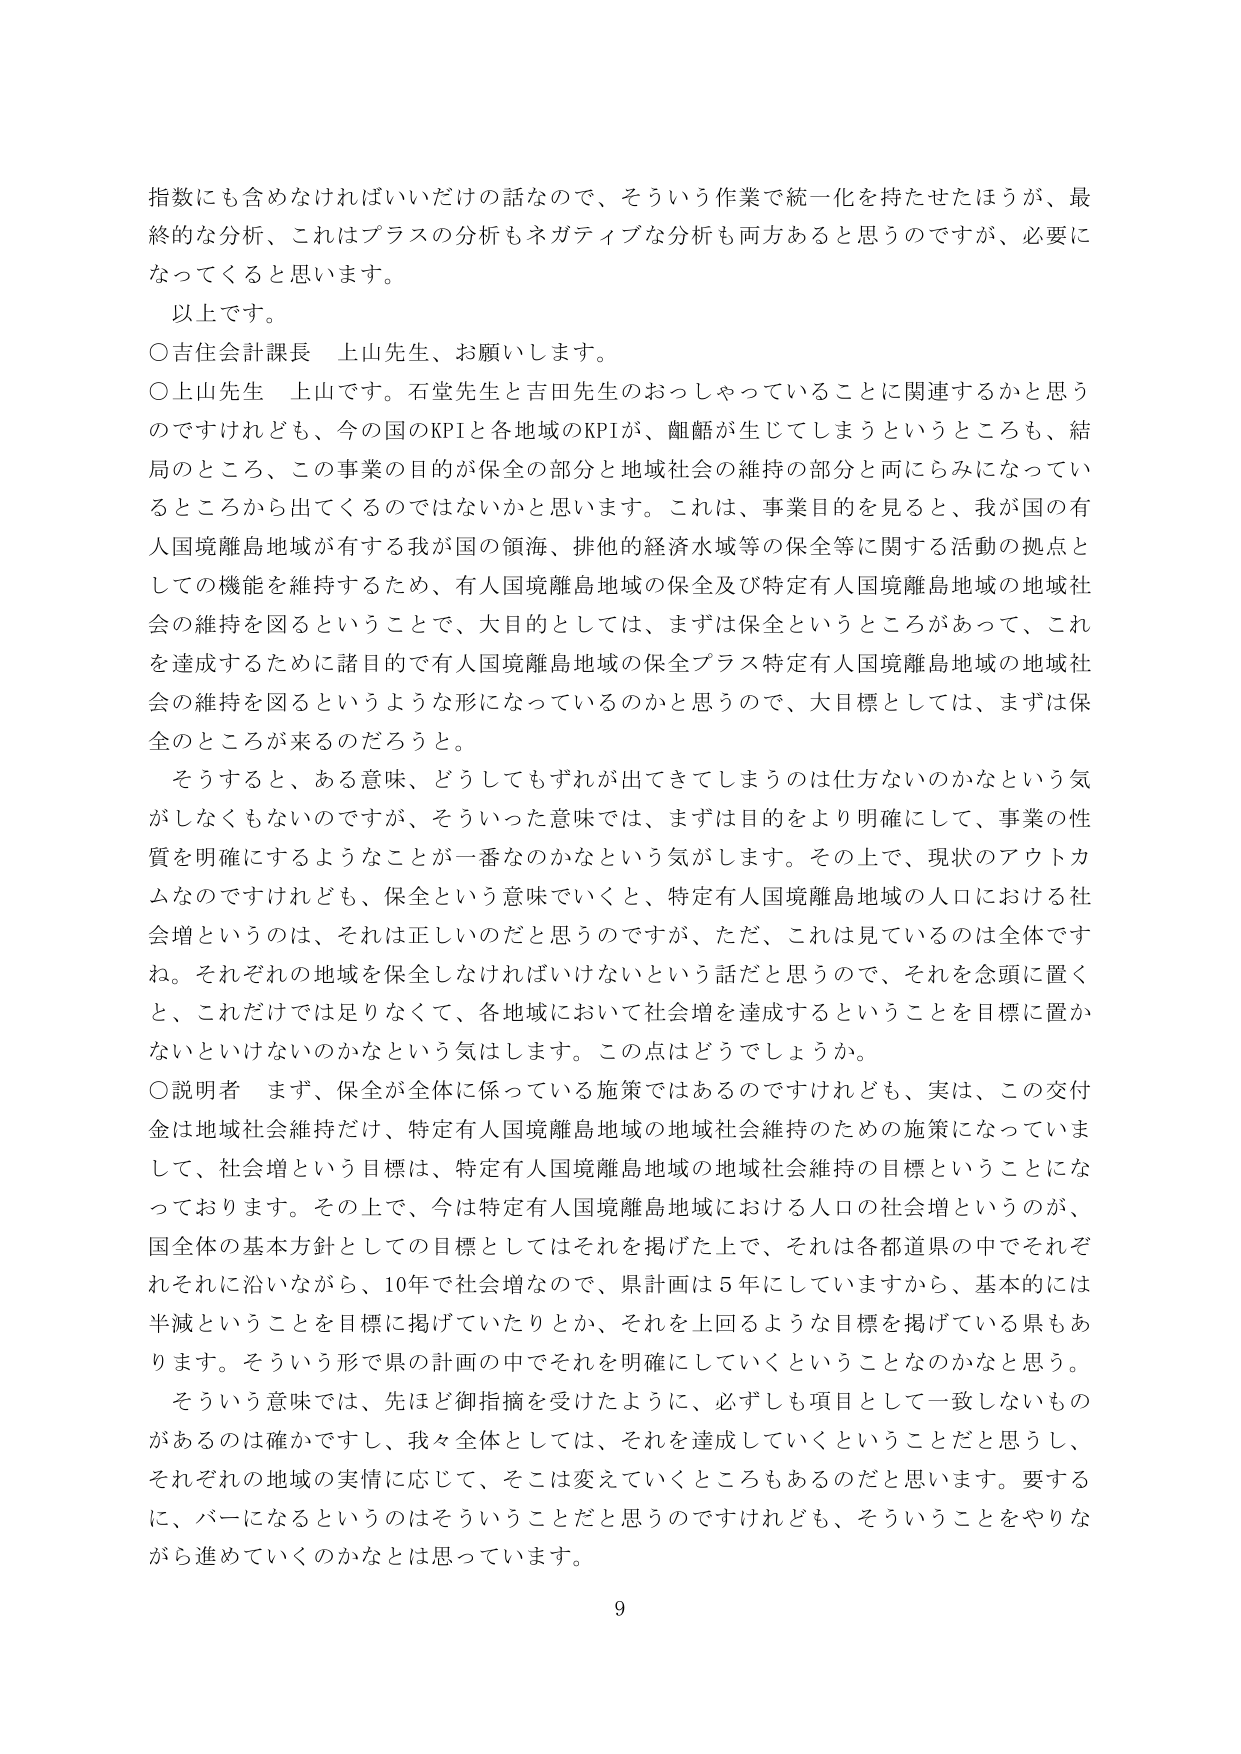
指数にも含めなければいけないだけの話なので、そういう作業で統一化を持たせたほうが、最終的な分析、これはプラスの分析もネガティブな分析も両方あると思うのですが、必要になってくると思います。

以上です。

○吉住会計課長　上山先生、お願いします。

○上山先生　上山です。石堂先生と吉田先生のおっしゃっていることに関連するかと思うのですけれども、今の国のKPIと各地域のKPIが、齟齬が生じてしまうというところも、結局のところ、この事業の目的が保全の部分と地域社会の維持の部分と両にらみになっているところから出てくるのではないかと思います。これは、事業目的を見ると、我が国の有人国境離島地域が有する我が国の領海、排他的経済水域等の保全等に関する活動の拠点としての機能を維持するため、有人国境離島地域の保全及び特定有人国境離島地域の地域社会の維持を図るということで、大目的としては、まずは保全というところがあって、これを達成するために諸目的で有人国境離島地域の保全プラス特定有人国境離島地域の地域社会の維持を図るというような形になっているのかと思うので、大目標としては、まずは保全のところが来るのだろうと。

そうすると、ある意味、どうしてもずれが出てきてしまうのは仕方ないのかなという気がしなくもないのですが、そういった意味では、まずは目的をより明確にして、事業の性質を明確にするようなことが一番なのかなという気がします。その上で、現状のアウトカムなのですけれども、保全という意味でいくと、特定有人国境離島地域の人口における社会増というのは、それは正しいのだと思うのですが、ただ、これは見ているのは全体ですね。それぞれの地域を保全しなければいけないという話だと思うので、それを念頭に置くと、これだけでは足りなくて、各地域において社会増を達成することを目標に置かないといけないのかなという気はします。この点はどうでしょうか。

○説明者　まず、保全が全体に係っている施策ではあるのですけれども、実は、この交付金は地域社会維持だけ、特定有人国境離島地域の地域社会維持のための施策になっていまして、社会増という目標は、特定有人国境離島地域の地域社会維持の目標ということになっております。その上で、今は特定有人国境離島地域における人口の社会増というのが、国全体の基本方針としての目標としてはそれを掲げた上で、それは各都道県の中でそれぞれそれに沿いながら、10年で社会増なので、県計画は5年にしていますから、基本的には半減ということを目標に掲げていたりとか、それを上回るような目標を掲げている県もあります。そういう形で県の計画の中でそれを明確にしていくということなのかなと思う。

そういう意味では、先ほど御指摘を受けたように、必ずしも項目として一致しないものがあるのは確かですし、我々全体としては、それを達成していくということだと思うし、それぞれの地域の実情に応じて、そこは変えていくところもあるのだと思います。要するに、バーになるというのはそういうことだと思うのですけれども、そういうことをやりながら進めていくのかなとは思っています。

9